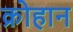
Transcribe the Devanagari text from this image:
क्रोहान